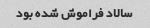
سالاد فراموش شده بود